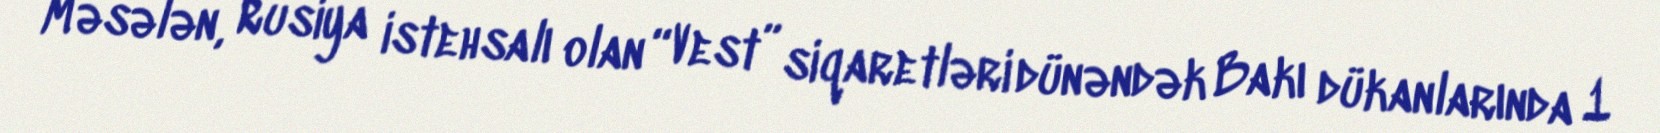
Məsələn, Rusiya istehsalı olan “Vest” siqaretləri dünəndək Bakı dükanlarında 1